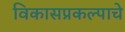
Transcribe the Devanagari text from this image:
विकासप्रकल्पाचे